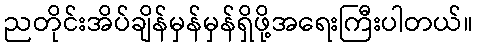
ညတိုင်းအိပ်ချိန်မှန်မှန်ရှိဖို့အရေးကြီးပါတယ်။